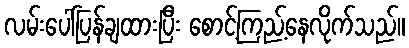
လမ်းပေါ်ပြန်ချထားပြီး စောင့်ကြည့်နေလိုက်သည်။